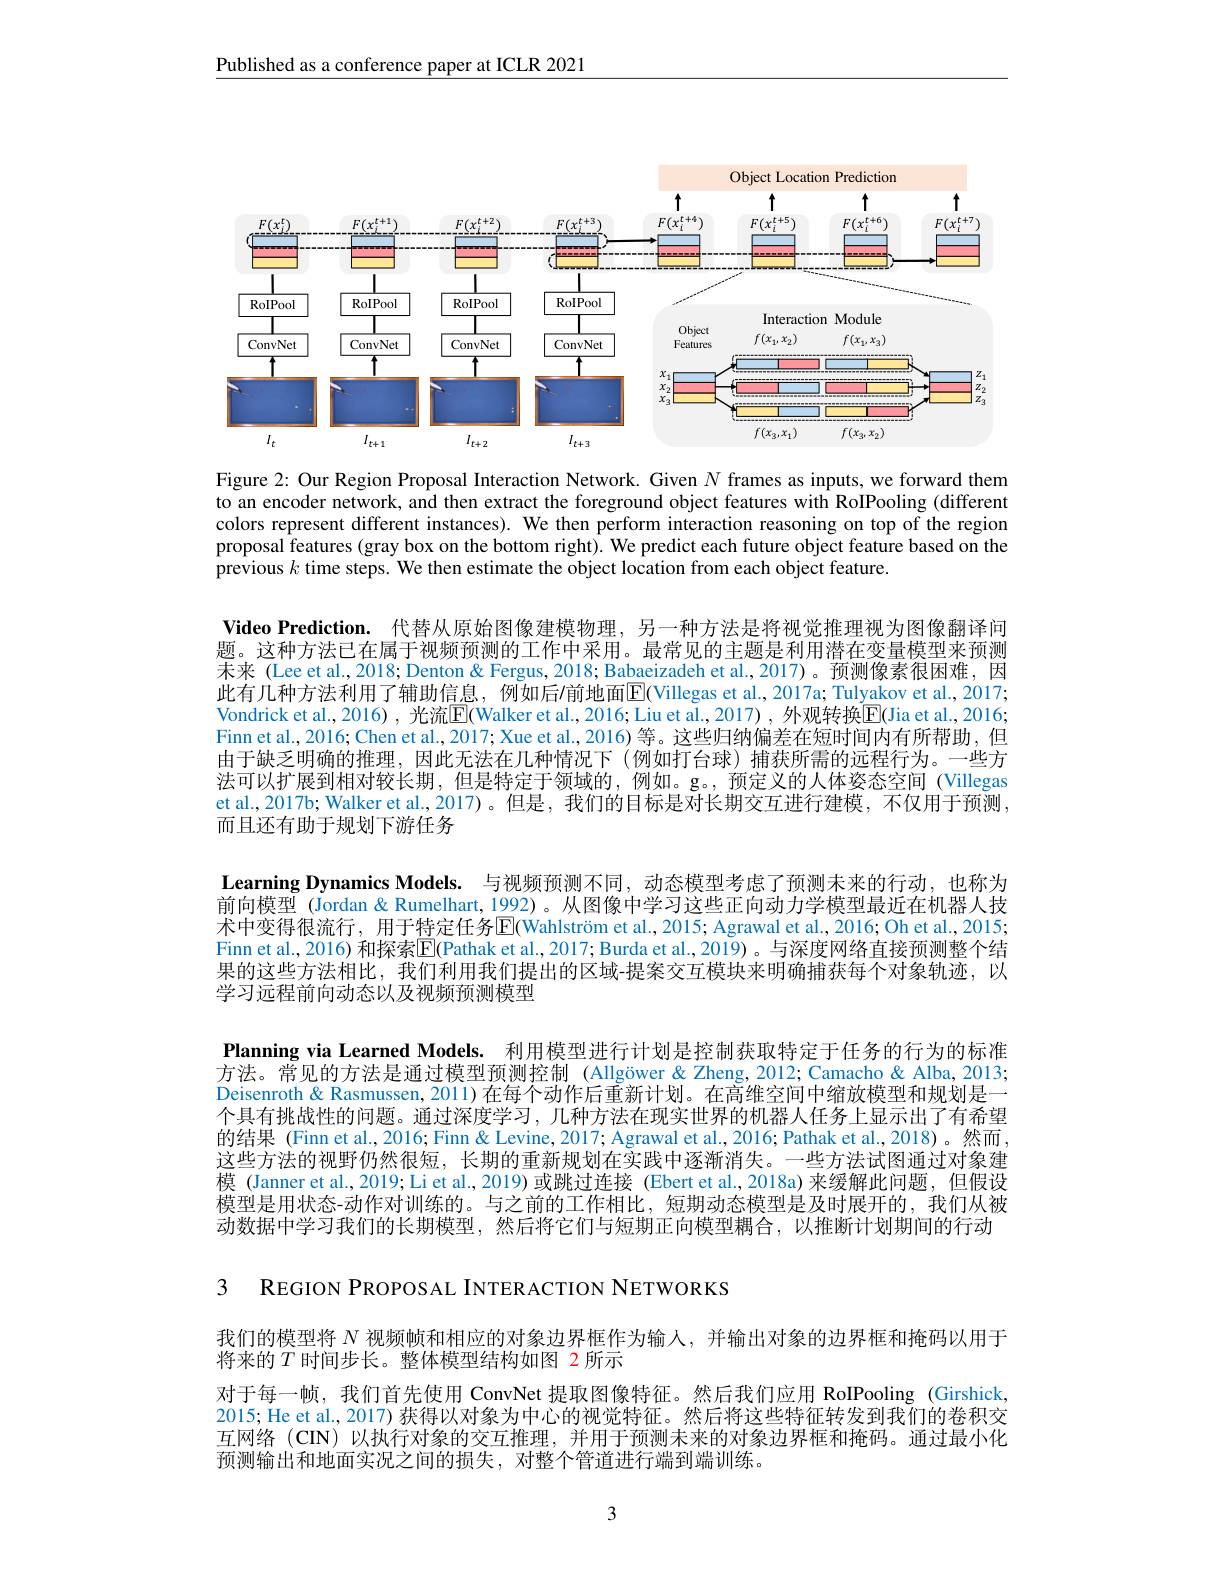
Published as a conference paper at ICLR 2021

<FigureHere>

Figure 2: Our Region Proposal Interaction Network. Given $N$ frames as inputs, we forward them to an encoder network, and then extract the foreground object features with RoIPooling (different colors represent different instances). We then perform interaction reasoning on top of the region proposal features (gray box on the bottom right). We predict each future object feature based on the previous $k$ time steps. We then estimate the object location from each object feature.

Video Prediction. 代替从原始图像建模物理，另一种方法是将视觉推理视为图像翻译问题。这种方法已在属于视频预测的工作中采用。最常见的主题是利用潜在变量模型来预测未来 (Lee et al., 2018; Denton & Fergus, 2018; Babaeizadeh et al., 2017)。预测像素很困难，因此有几种方法利用了辅助信息，例如后$\prime$前地面$\mathbb{E}($Villegas et al.,2017a; Tulyakov et al., 2017; Vondrick et al., 2016) , 光流$\overline{\mathrm{E}}($Walker et al., 2016; Liu et al., 2017) , 外观转换$\overline{\mathrm{E}}($Jia et al., 2016; Finn et al., 2016; Chen et al., 2017; Xue et al., 2016) 等。这些归纳偏差在短时间内有所帮助，但由于缺乏明确的推理，因此无法在几种情况下 (例如打台球)捕获所需的远程行为。一些方法可以扩展到相对较长期，但是特定于领域的，例如。g。,预定义的人体姿态空间(Villegas et al., 2017b; Walker et al., 2017)。但是，我们的目标是对长期交互进行建模，不仅用于预测， 而且还有助于规划下游任务

Learning Dynamics Models. 与视频预测不同，动态模型考虑了预测未来的行动，也称为前向模型 (Jordan& Rumelhart, 1992)。从图像中学习这些正向动力学模型最近在机器人技术中变得很流行，用于特定任务$\overline{\mathrm{E}}$(Wahlström et al., 2015; Agrawal et al., 2016; Oh et al., 2015; Finn et al., 2016) 和探索$\overline{\mathbb{E}}($Pathak et al., 2017; Burda et al., 2019) 。与深度网络直接预测整个结果的这些方法相比，我们利用我们提出的区域-提案交互模块来明确捕获每个对象轨迹，以学习远程前向动态以及视频预测模型
Planning via Learned Models. 利用模型进行计划是控制获取特定于任务的行为的标准方法。常见的方法是通过模型预测控制 (Allgöwer&Zheng,2012;Camacho&Alba,2013; Deisenroth & Rasmussen, 2011) 在每个动作后重新计划。在高维空间中缩放模型和规划是一个具有挑战性的问题。通过深度学习，几种方法在现实世界的机器人任务上显示出了有希望的结果 (Finn et al., 2016; Finn & Levine, 2017; Agrawal et al., 2016; Pathak et al., 2018)。然而， 这些方法的视野仍然很短，长期的重新规划在实践中逐渐消失。一些方法试图通过对象建模 (Janner et al.,2019;Li et al., 2019)或跳过连接 (Ebert et al.,2018a)来缓解此问题，但假设模型是用状态-动作对训练的。与之前的工作相比，短期动态模型是及时展开的，我们从被动数据中学习我们的长期模型，然后将它们与短期正向模型耦合，以推断计划期间的行动

3 REGION PROPOSAL INTERACTION NETWORKS

我们的模型将$N$视频帧和相应的对象边界框作为输人，并输出对象的边界框和掩码以用于
将来的$T$时间步长。整体模型结构如图 2 所示
对于每一帧，我们首先使用 ConvNet 提取图像特征。然后我们应用 RoIPooling (Girshick, 2015; He et al., 2017) 获得以对象为中心的视觉特征。然后将这些特征转发到我们的卷积交互网络(CIN)以执行对象的交互推理，并用于预测未来的对象边界框和掩码。通过最小化预测输出和地面实况之间的损失，对整个管道进行端到端训练。

3